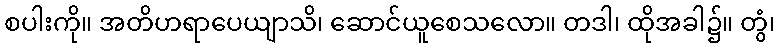
စပါးကို။ အတိဟရာပေယျာသိ၊ ဆောင်ယူစေသလော။ တဒါ၊ ထိုအခါ၌။ တွံ၊